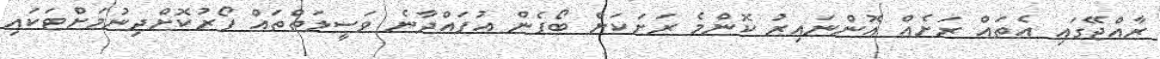
ރާއްޖޭގައި އެތައް ރަށެއް އޮންނައިރު ކޮންމެ ރަށަކަށް ބޯފެން އުފައްދާނެ ވަސީލަތްތައް ފޯރުކޮށްދިނުމަށްޓަކައި